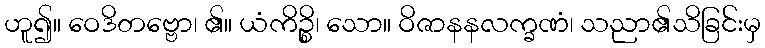
ဟူ၍။ ဝေဒိတဗ္ဗော၊ ၏။ ယံကိဉ္စိ၊ သော။ ဝိဇာနနလက္ခဏံ၊ သညာ၏သိခြင်းမှ